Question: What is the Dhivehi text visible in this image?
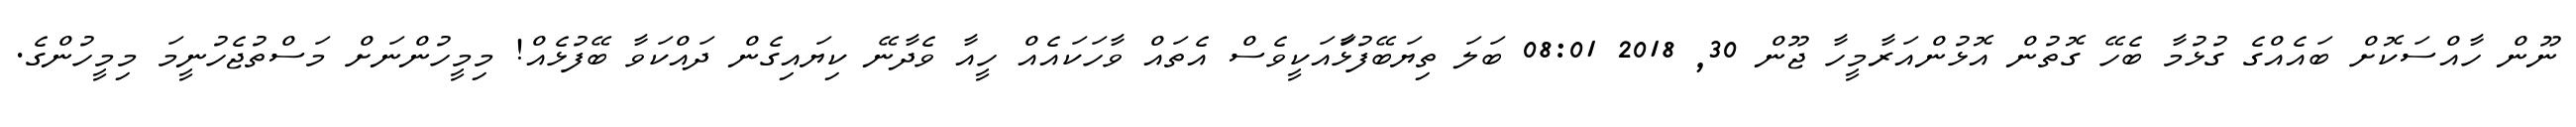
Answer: ނޫން ހާއްސަކޮށް ބައެއްގެ ގުޅުމާ ބެހޭ ގޮތުން އޮޅުންއަރާމީހާ ޖޫން 30, 2018 08:01 ބަލަ ތިޔަބޭފުޅާައަކީވެސް އެތައް ވާހަކައެއް ހީއާ ވެދާނޭ ކިޔައިގެން ދައްކަވާ ބޭފުޅެއް! މިމީހުންނަށް މަސްތުޖެހުނީމަ މިމީހުންގެ.